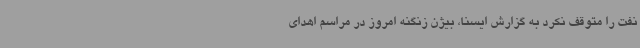
نفت را متوقف نکرد به گزارش ایسنا، بیژن زنگنه امروز در مراسم اهدای